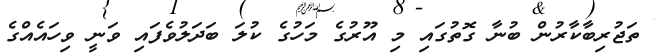
ތަޖުރިބާކާރުން ބުނާ ގޮތުގައި މި އޫރުގެ މަހުގެ ކުލަ ބަދަލުވެފައި ވަނީ ވިހައެއްގެ